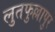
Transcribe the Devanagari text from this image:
लुतफुल्लापुर